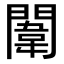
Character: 闈